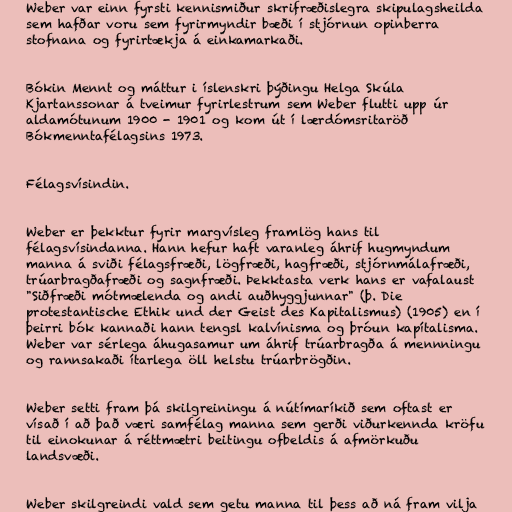
Weber var einn fyrsti kennismiður skrifræðislegra skipulagsheilda
sem hafðar voru sem fyrirmyndir bæði í stjórnun opinberra
stofnana og fyrirtækja á einkamarkaði.

Bókin Mennt og máttur i íslenskri þýðingu Helga Skúla
Kjartanssonar á tveimur fyrirlestrum sem Weber flutti upp úr
aldamótunum 1900 - 1901 og kom út í lærdómsritaröð
Bókmenntafélagsins 1973.

Félagsvísindin.

Weber er þekktur fyrir margvísleg framlög hans til
félagsvísindanna. Hann hefur haft varanleg áhrif hugmyndum
manna á sviði félagsfræði, lögfræði, hagfræði, stjórnmálafræði,
trúarbragðafræði og sagnfræði. Þekktasta verk hans er vafalaust
"Siðfræði mótmælenda og andi auðhyggjunnar" (þ. Die
protestantische Ethik und der Geist des Kapitalismus) (1905) en í
þeirri bók kannaði hann tengsl kalvínisma og þróun kapítalisma.
Weber var sérlega áhugasamur um áhrif trúarbragða á mennningu
og rannsakaði ítarlega öll helstu trúarbrögðin.

Weber setti fram þá skilgreiningu á nútímaríkið sem oftast er
vísað í að það væri samfélag manna sem gerði viðurkennda kröfu
til einokunar á réttmætri beitingu ofbeldis á afmörkuðu
landsvæði.

Weber skilgreindi vald sem getu manna til þess að ná fram vilja